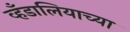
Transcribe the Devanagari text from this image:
व्हँडालियाच्या